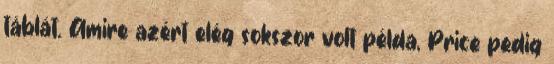
táblát. Amire azért elég sokszor volt példa, Price pedig